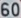
60